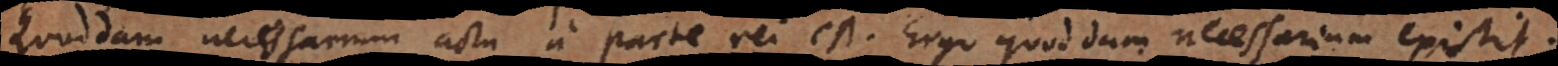
Quoddam necessarium actu a parte rei est. Ergo quoddam necessarium existit.